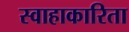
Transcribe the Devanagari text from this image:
स्वाहाकारिता